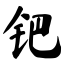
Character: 钯